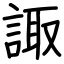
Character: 諏